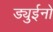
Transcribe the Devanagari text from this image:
ड्युईनो